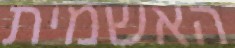
האשמית